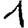
Digit: 1